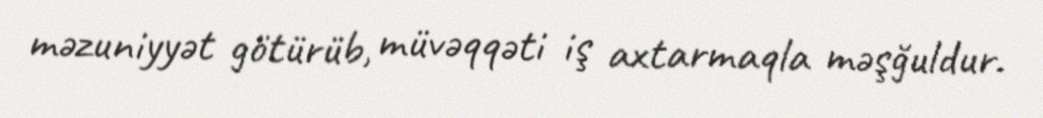
məzuniyyət götürüb, müvəqqəti iş axtarmaqla məşğuldur.